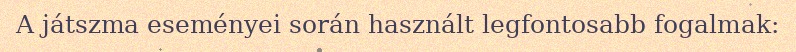
A játszma eseményei során használt legfontosabb fogalmak: